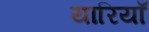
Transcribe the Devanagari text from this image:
यारियाँ